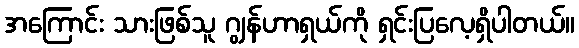
အကြောင်း သားဖြစ်သူ ဂျွန်ဟာရှယ်ကို ရှင်းပြလေ့ရှိပါတယ်။